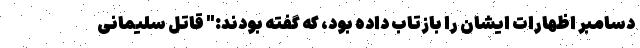
دسامبر اظهارات ایشان را بازتاب داده بود، که گفته بودند:" قاتل سلیمانی